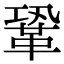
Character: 鞏